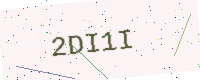
Text: 2DI1I